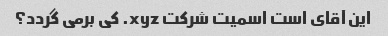
این آقای است اسمیت شرکت xyz. کی برمی گردد؟